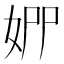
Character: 𡜢